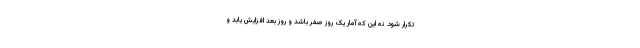
تکرار شود. نه این که آمار یک روز صفر باشد و روز بعد افزایش یابد و